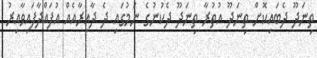
ތިނަދޫ ދެބައިކޮށް ތިނަދޫ އުތުރާ ތިނަދޫ ދެކުނުގެ ނަމުގައި ދެ ދާއިރާއެއް އުފައްދާފައިވާއިރު